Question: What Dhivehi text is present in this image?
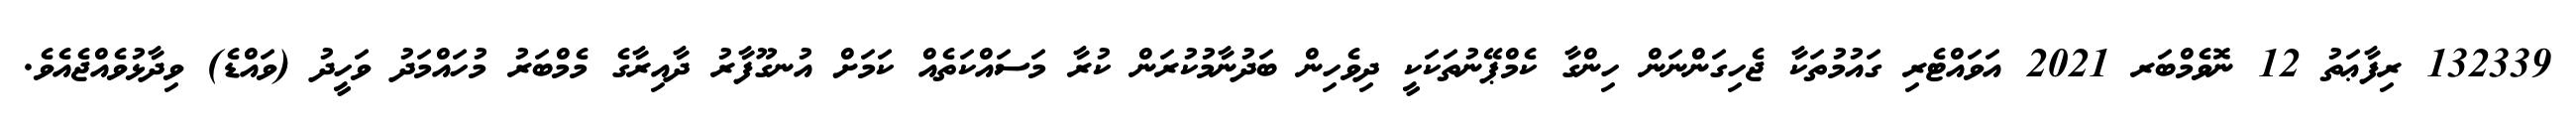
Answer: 132339 ރިފާޢަތު 12 ނޮވެމްބަރ 2021 އަވައްޓެރި ގައުމުތަކާ ޖެހިގަންނަން ހިންގާ ކެމްޕޭނުތަކަކީ ދިވެހިން ބަދުނާމުކުރަން ކުރާ މަސައްކަތެއް ކަމަށް އުނގޫފާރު ދާއިރާގެ މެމްބަރު މުހައްމަދު ވަހީދު (ވައްޑެ) ވިދާޅުވެއްޖެއެވެ.